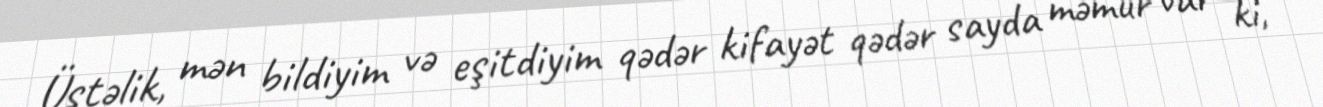
Üstəlik, mən bildiyim və eşitdiyim qədər kifayət qədər sayda məmur var ki,